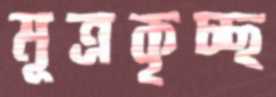
মূত্রকৃচ্ছ